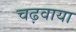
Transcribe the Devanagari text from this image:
चढ़वाया